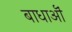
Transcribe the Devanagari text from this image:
बाधाऒं